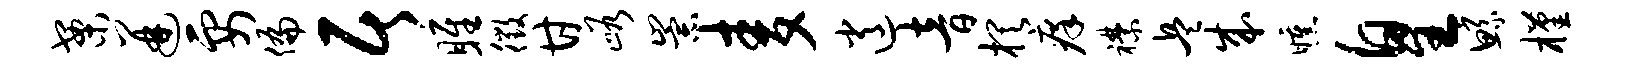
案迸要偏居雎徵甘峪崇麦逍音棋痒襟兵成曛皇鲧槿